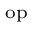
\mathrm { { _ { o p } } }